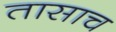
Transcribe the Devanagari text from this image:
तासाच